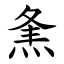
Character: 㶻